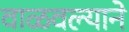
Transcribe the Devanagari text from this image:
वाळवल्याने